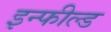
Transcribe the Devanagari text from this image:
इन्फील्ड